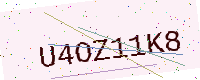
Text: U4OZ11K8